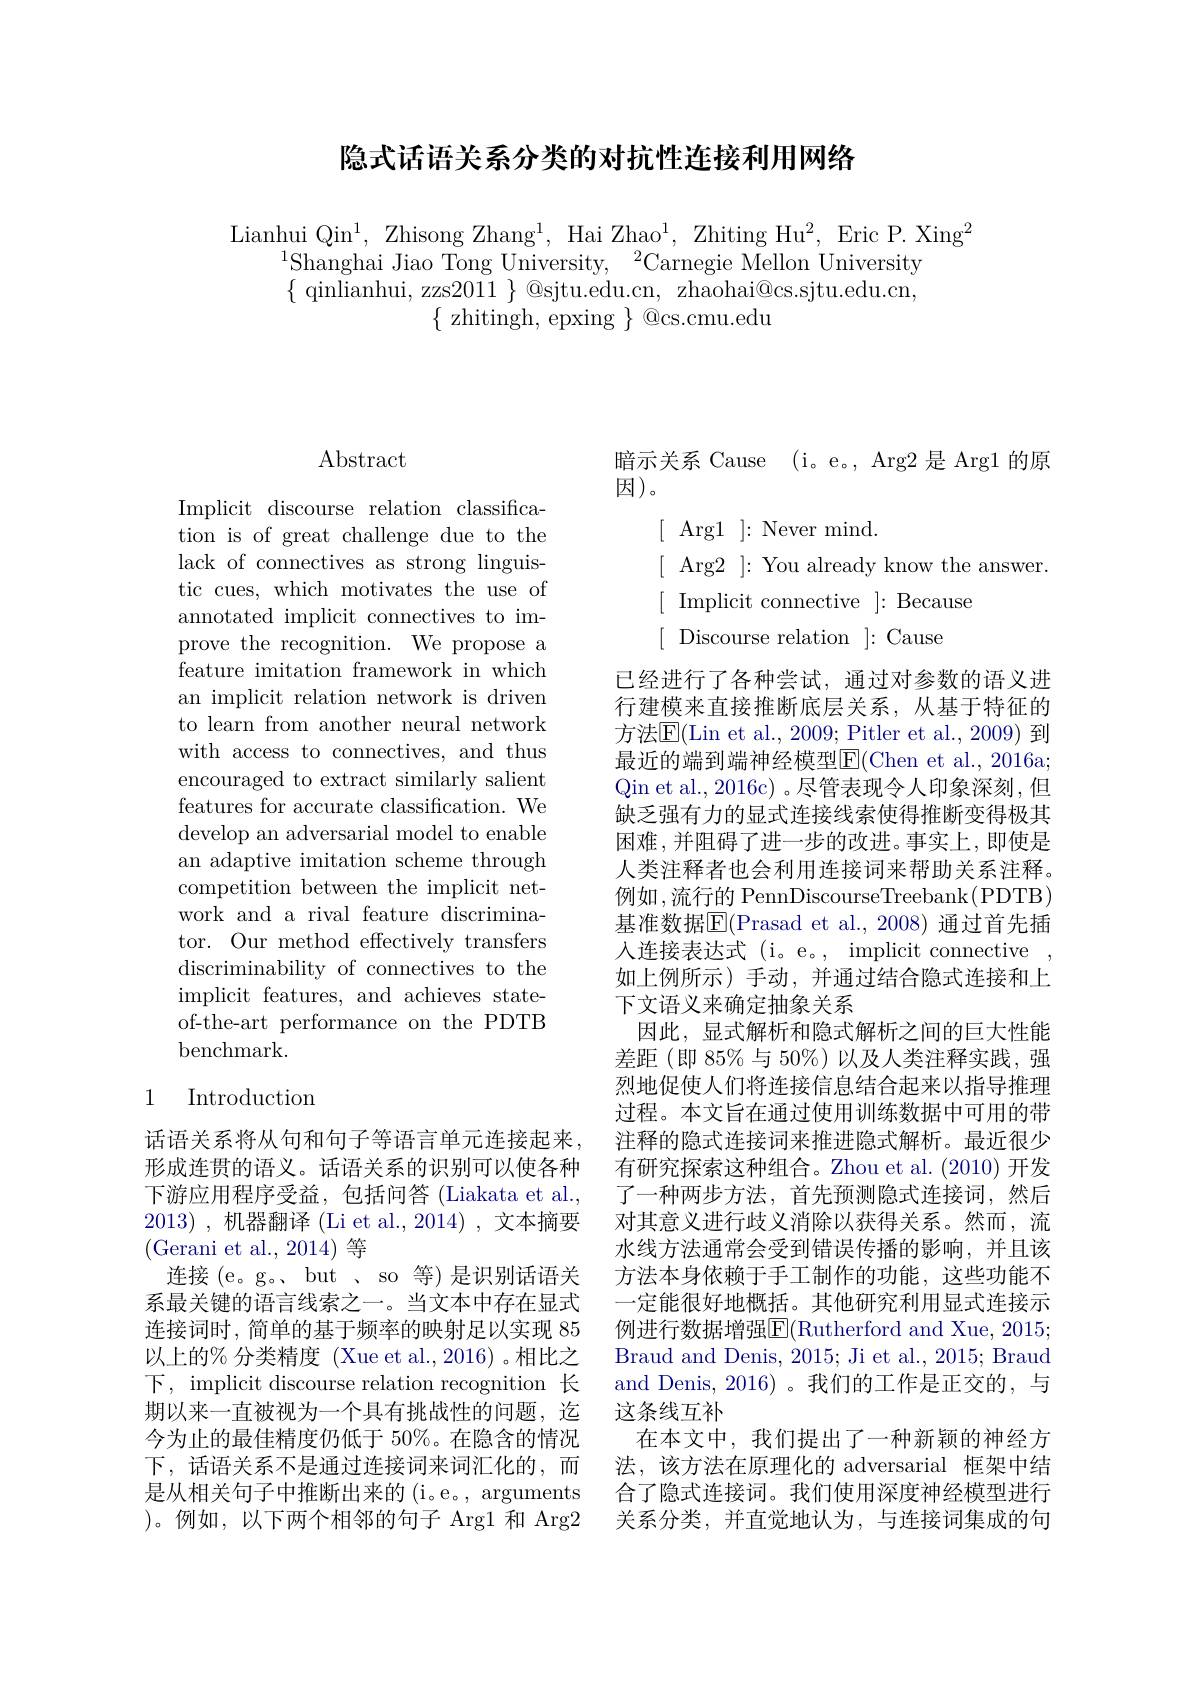
## 隐式话语关系分类的对抗性连接利用网络

Lianhui Qin$^1$, Zhisong Zhang$^1$, Hai Zhao$^1$, Zhiting Hu$^2$, Eric P. Xing$^2$
$^{1}$Shanghai Jiao Tong University,$^2$Carnegie Mellon University $\{$ qinlianhui, zzs2011 $\}$@sjtu.edu.cn, zhaohai@cs.sjtu.edu.cn,
$\{$zhitingh, epxing $\}$ @cs.cmu.edu

# Abstract

Implicit discourse relation classification is of great challenge due to the lack of connectives as strong linguistic cues, which motivates the use of annotated implicit connectives to improve the recognition. We propose a feature imitation framework in which an implicit relation network is driven to learn from another neural network with access to connectives, and thus encouraged to extract similarly salient features for accurate classification. We develop an adversarial model to enable an adaptive imitation scheme through competition between the implicit network and a rival feature discriminator. Our method effectively transfers discriminability of connectives to the implicit features, and achieves stateof-the-art performance on the PDTB benchmark.

### 1 Introduction

话语关系将从句和句子等语言单元连接起来， 形成连贯的语义。话语关系的识别可以使各种下游应用程序受益，包括问答(Liakata et al., 2013) ,机器翻译 (Li et al.,2014) ,文本摘要(Gerani et al., 2014)等
连接(e。g。、but 、so 等)是识别话语关系最关键的语言线索之一。当文本中存在显式连接词时，简单的基于频率的映射足以实现 85以上的% 分类精度 (Xue et al., 2016) 。相比之下，implicit discourse relation recognition 长期以来一直被视为一个具有挑战性的问题，迄今为止的最佳精度仍低于 50%。在隐含的情况下，话语关系不是通过连接词来词汇化的，而是从相关句子中推断出来的(i。e。, arguments )。例如，以下两个相邻的句子 Arg1 和 Arg2

暗示关系 Cause (i。e。, Arg2 是 Arg1 的原因 ) 。[ Arg1 ]: Never mind. [ Arg2 ]: You already know the answer [ Implicit connective ]: Because [ Discourse relation ]: Cause

已经进行了各种尝试，通过对参数的语义进行建模来直接推断底层关系，从基于特征的方法$\overline{\mathrm{E}}($Lin et al., 2009; Pitler et al., 2009) 到最近的端到端神经模型E$( Chen et al. , 2016a;$ Qin et al., 2016c) 。尽管表现令人印象深刻，但缺乏强有力的显式连接线索使得推断变得极其困难，并阻碍了进一步的改进。事实上，即使是人类注释者也会利用连接词来帮助关系注释。例如 ,流行的 PennDiscourseTreebank(PDTB) 基准数据$\overline{\mathrm{E}}($Prasad et al.,2008)通过首先插人连接表达式 (i。e。, implicit connective , 如上例所示)手动，并通过结合隐式连接和上下文语义来确定抽象关系
因此，显式解析和隐式解析之间的巨大性能差距 (即 85% 与 50%) 以及人类注释实践，强烈地促使人们将连接信息结合起来以指导推理过程。本文旨在通过使用训练数据中可用的带注释的隐式连接词来推进隐式解析。最近很少有研究探索这种组合。Zhou et al. (2010) 开发了一种两步方法，首先预测隐式连接词，然后对其意义进行歧义消除以获得关系。然而，流水线方法通常会受到错误传播的影响，并且该方法本身依赖于手工制作的功能，这些功能不一定能很好地概括。其他研究利用显式连接示例进行数据增强$\overline{\mathrm{E}}($Rutherford and Xue, 2015; Braud and Denis, 2015; Ji et al., 2015; Braud and Denis, 2016)。我们的工作是正交的，与这条线互补
在本文中，我们提出了一种新颖的神经方法，该方法在原理化的 adversarial 框架中结合了隐式连接词。我们使用深度神经模型进行关系分类，并直觉地认为，与连接词集成的句